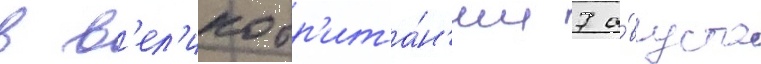
в в'ел'икобр'ита́н'ии 7 а́вгуста